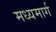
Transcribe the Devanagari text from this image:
मध्‍यमार्ग